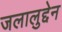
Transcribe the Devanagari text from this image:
जलालुद्देन